Vital statistics of India. Vol. IV, Annual returns from 1871 to 1876. British Army of India, Native Army and jails of Bengal
Year: 1871
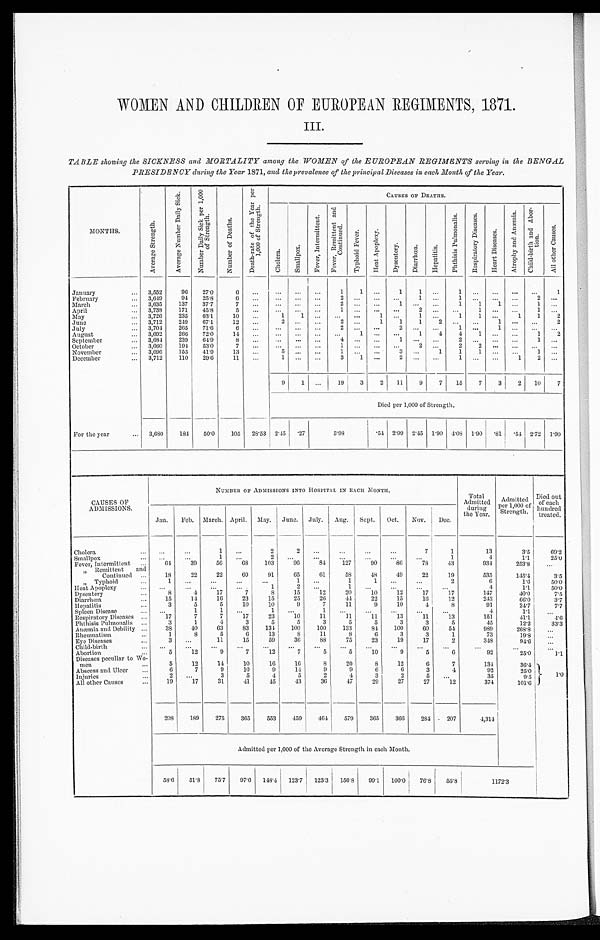
WOMEN AND CHILDREN OF EUROPEAN REGIMENTS, 1871.
III.
TABLE showing the SICKNESS and MORTALITY among the WOMEN of the EUROPEAN REGIMENTS serving in the BENGAL
PRESIDENCY during the Year 1871, and the prevalence of the principal Diseases in each Month of the Year.
M O N T H S .
A v e r a g e S t r e n g t h .
A v e r a g e N u m b e r D a i l y S i c k .
N u m b e r D a i l y S i c k p e r 1 , 0 0 0 o f S t r e n g t h .
N u m b e r o f D e a t h s .
D e a t h - r a t e o f t h e Y e a r p e r 1 , 0 0 0 o f S t r e n g t h .
CAUSES OF DEATHS.
C h o l e r a .
S m a l l p o x .
F e v e r , I n t e r m i t t e n t .
F e v e r , R e m i t t e n t a n d C o n t i n u e d .
T y p h o i d F e v e r .
H e a t A p o p l e x y .
D y s e n t e r y . D i a r r h œ a .
H e p a t i t i s .
P h t h i s i s P u l m o n a l i s .
R e s p i r a t o r y D i s e a s e s .
H e a r t D i s e a s e s .
A t r o p h y a n d A n æ m i a . C h i l d - b i r t h a n d A b o r - t i o n .
A l l o t h e r C a u s e s .
January
3,552
96
27.0
6 ...
. . .
. . . . . .
1
1 ...
1
1
...
1
...
...
. . . ...
1
February
3,649
94 25.8
6 ...
. . .
. . . . . .
2
. . . ...
. . . 1
... 1 ...
...
. . . 2
...
March
3,635
137
37.7
7 ...
. . .
. . . . . .
2
. . . ...
1 . . .
... 1
1
1
. . .
1
...
April
3,738
171
45.8
5 ...
. . . ...
. . .
1
. . . ...
. . .
2
...
. . . 1
. . . . . .
1
...
May
3,726
235
63.1
10 ...
1
1
...
...
. . .
1
. . . 1
... 1
1
. . . 1
1
2
June
3,712
249
6 7 . 1
12
. . .
2
. . . ...
2
. . . 1
1
1
2
. . .
. . . 1 ...
. . . 2
July
3,704 265
71.6
6 ...
. . .
. . .
. . .
2
. . .
...
2
. . . ...
1 ...
1
. . .
. . .
. . .
August
3,692
266
72.0
14 ...
. . .
. . . . . .
. . .
1 ...
. . . 1
4
4 1
. . .
. . .
1
2
September
3,684 239
6 4 . 9
8 ...
. . .
. . . . . .
4
. . .
...
1
. . . ...
2 ...
. . .
. . . .
1
. . .
October
3,660
194 53.0
7
...
. . .
. . .
. . .
1
. . . . . .
. . .
2
... 2 2
. . .
. . .
. . . ...
November
3,696
155
41. 9
13
. . .
5
. . . . . .
1
. . . . . .
3
. . . 1
1
1
. . .
. . .
1 ...
December
3,712
110
29.6
11 ...
1 ...
. . .
3
1 ...
2
. . .
. . .
1
. . .
. . .
1
2
...
9 1
. . . 19
3
2 11
9
7 15
7
3
2 10
7
Died per 1,000 of Strength.
For the year
3,680
184
50.0 105 28.53 2.45
. 2 7
5 . 9 8
. 54 2.99
2 . 4 5 1.90
4 . 0 8 1.90
. 8 1 .54 2.72 1.90
CAUSES OF
ADMISSIONS.
NUMBER OF ADMISSIONS INTO HOSPITAL IN EACH MONTH.
Total
Admitted
during
the Year.
Admitted
per 1,000 of
Strength.
Died out
of each
hundred
treated.
Jan. Feb. March. April. May. June. July. Aug. Sept. Oct. Nov. Dec.
Cholera
. . .
. . .
1 ...
2
2
. . .
...
...
. . .
7
1
13
3.5
69.2
Smallpox
. . .
. . .
1 ...
2
. . . ...
...
. . .
. . .
. . .
1
4
1 . 1
2 5 . 0
Fever, Intermittent
64
39
56
68
103
96
84 127
90
86
78
43
934
253.8
. . .
" Remittent and
Continued
18
22
22
60
91
65
61
58
48
49
22
19
535
145.4
3 . 5
" Typhoid
1
. . . ...
. . .
. . .
1
. . .
1
1 ...
. . .
2
6
1.6
50.0
Heat Apoplexy
. . .
. . .
. . .
. . .
1
2
. . .
1
. . . . . .
. . .
. . .
4
1 . 1
50.0
Dysentery
8
4
17
7
8
15
12
20
10
12
17
17
147
40.0
7 . 5
Diarrhœa
15
14
16
23
15
25
26
4 4
22
15
16
12
243
66.0
3 . 7
Hepatitis
3
5
5
10
10
9
7
11
9
10
4
8
91
24.7
7. 7
Spleen Disease
...
1
1
. . .
1 ...
1
. . . . . .
...
. . .
. . .
4
1.1
. . .
Respiratory Diseases
17
7
7
17
23
10
11
11
11
13
1 1
1 3
151
41.1
4 . 6
Phthisis Pulmonalis
3
1
4
3
5
5
3
5
5
3
3
5
45
12.2
33.3
Anæmia and Debility
38
40
63
83
134 100
100
133
84
100
60
54
989
268.8
. . .
Rheumatism
1
8
5
6
13
8
11
8
6
3
3
1
73
19.8
. . .
Eye Diseases
3
. . .
11
15
59
36
8 8
75
23
19
17
2
348
94.6
. . .
Child-birth
...
. . .
. . .
. . .
...
...
. . . . . .
. . . . . .
. . .
. . .
. . .
. . .
. . .
Abortion
5
1 2
9
7
12
7
5
5
10
9
5
6
92
25.0
1 . 1
Diseases peculiar to Wo-men
5
12
14
10
16
1 6
8
20
8
12
6
7
134
3 6 . 4
1. 0
Abscess and Ulcer
6
7
9
10
9
14
9
9
6
6
3
4
92
2 5 . 0
Injuries
2
. . .
3
5
4
5
2
4
3
2
5
. . .
35
9.5
All other Causes
19
17
31
41
45
43
36
47
29
27
27
12
374
101.6
208
189
275
365
553
459
464 579
365
366
284 207
4,314
Admitted per 1,000 of the Average Strength in each Month.
58.6 51.8 75.7 97.6 148.4 123.7 125.3 156.8 99.1 100.0 76.8
5 5 . 8
1 1 7 2 . 3